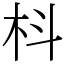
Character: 枓